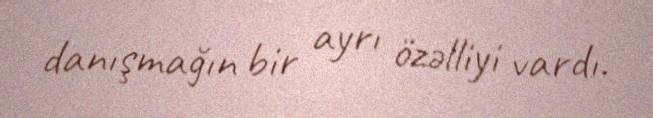
danışmağın bir ayrı özəlliyi vardı.